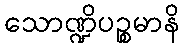
သောဏ္ဍိပဉ္စမာနိ